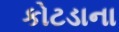
કોટડાના